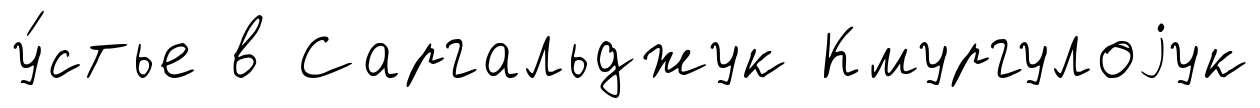
у́стье в Саргальджук Кмургулоjук